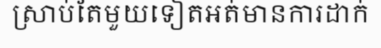
ស្រាប់តែមួយទៀតអត់មានការដាក់